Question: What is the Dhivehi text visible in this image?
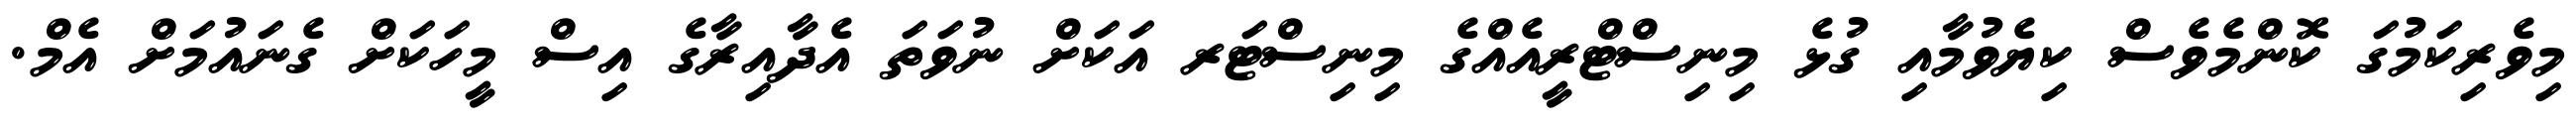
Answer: މިވެރިކަމުގަ ކޮންމެވެސް ކިޔެވުމާއި ގުޅެ މިނިސްޓްރީއެއްގެ މިނިސްޓަރ އަކަށް ނުވަތަ އެދާއިރާގެ އިސް މީހަކަށް ގެނައުމަށް އެމް.